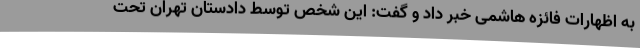
به اظهارات فائزه هاشمی خبر داد و گفت: این شخص توسط دادستان تهران تحت